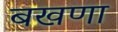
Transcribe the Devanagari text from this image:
बखणा